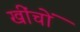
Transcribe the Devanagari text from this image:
खींचों